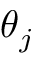
\theta _ { j }